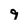
Character: 9